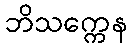
ဘိသက္ကေန